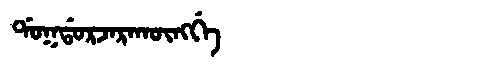
Manchu: ᡩᠣᡴᡩᠣᡵᠵᠠᡵᠠᡴᡡᠩᡤᡝ
Romanization: DOKDORJARAKŪNGGE